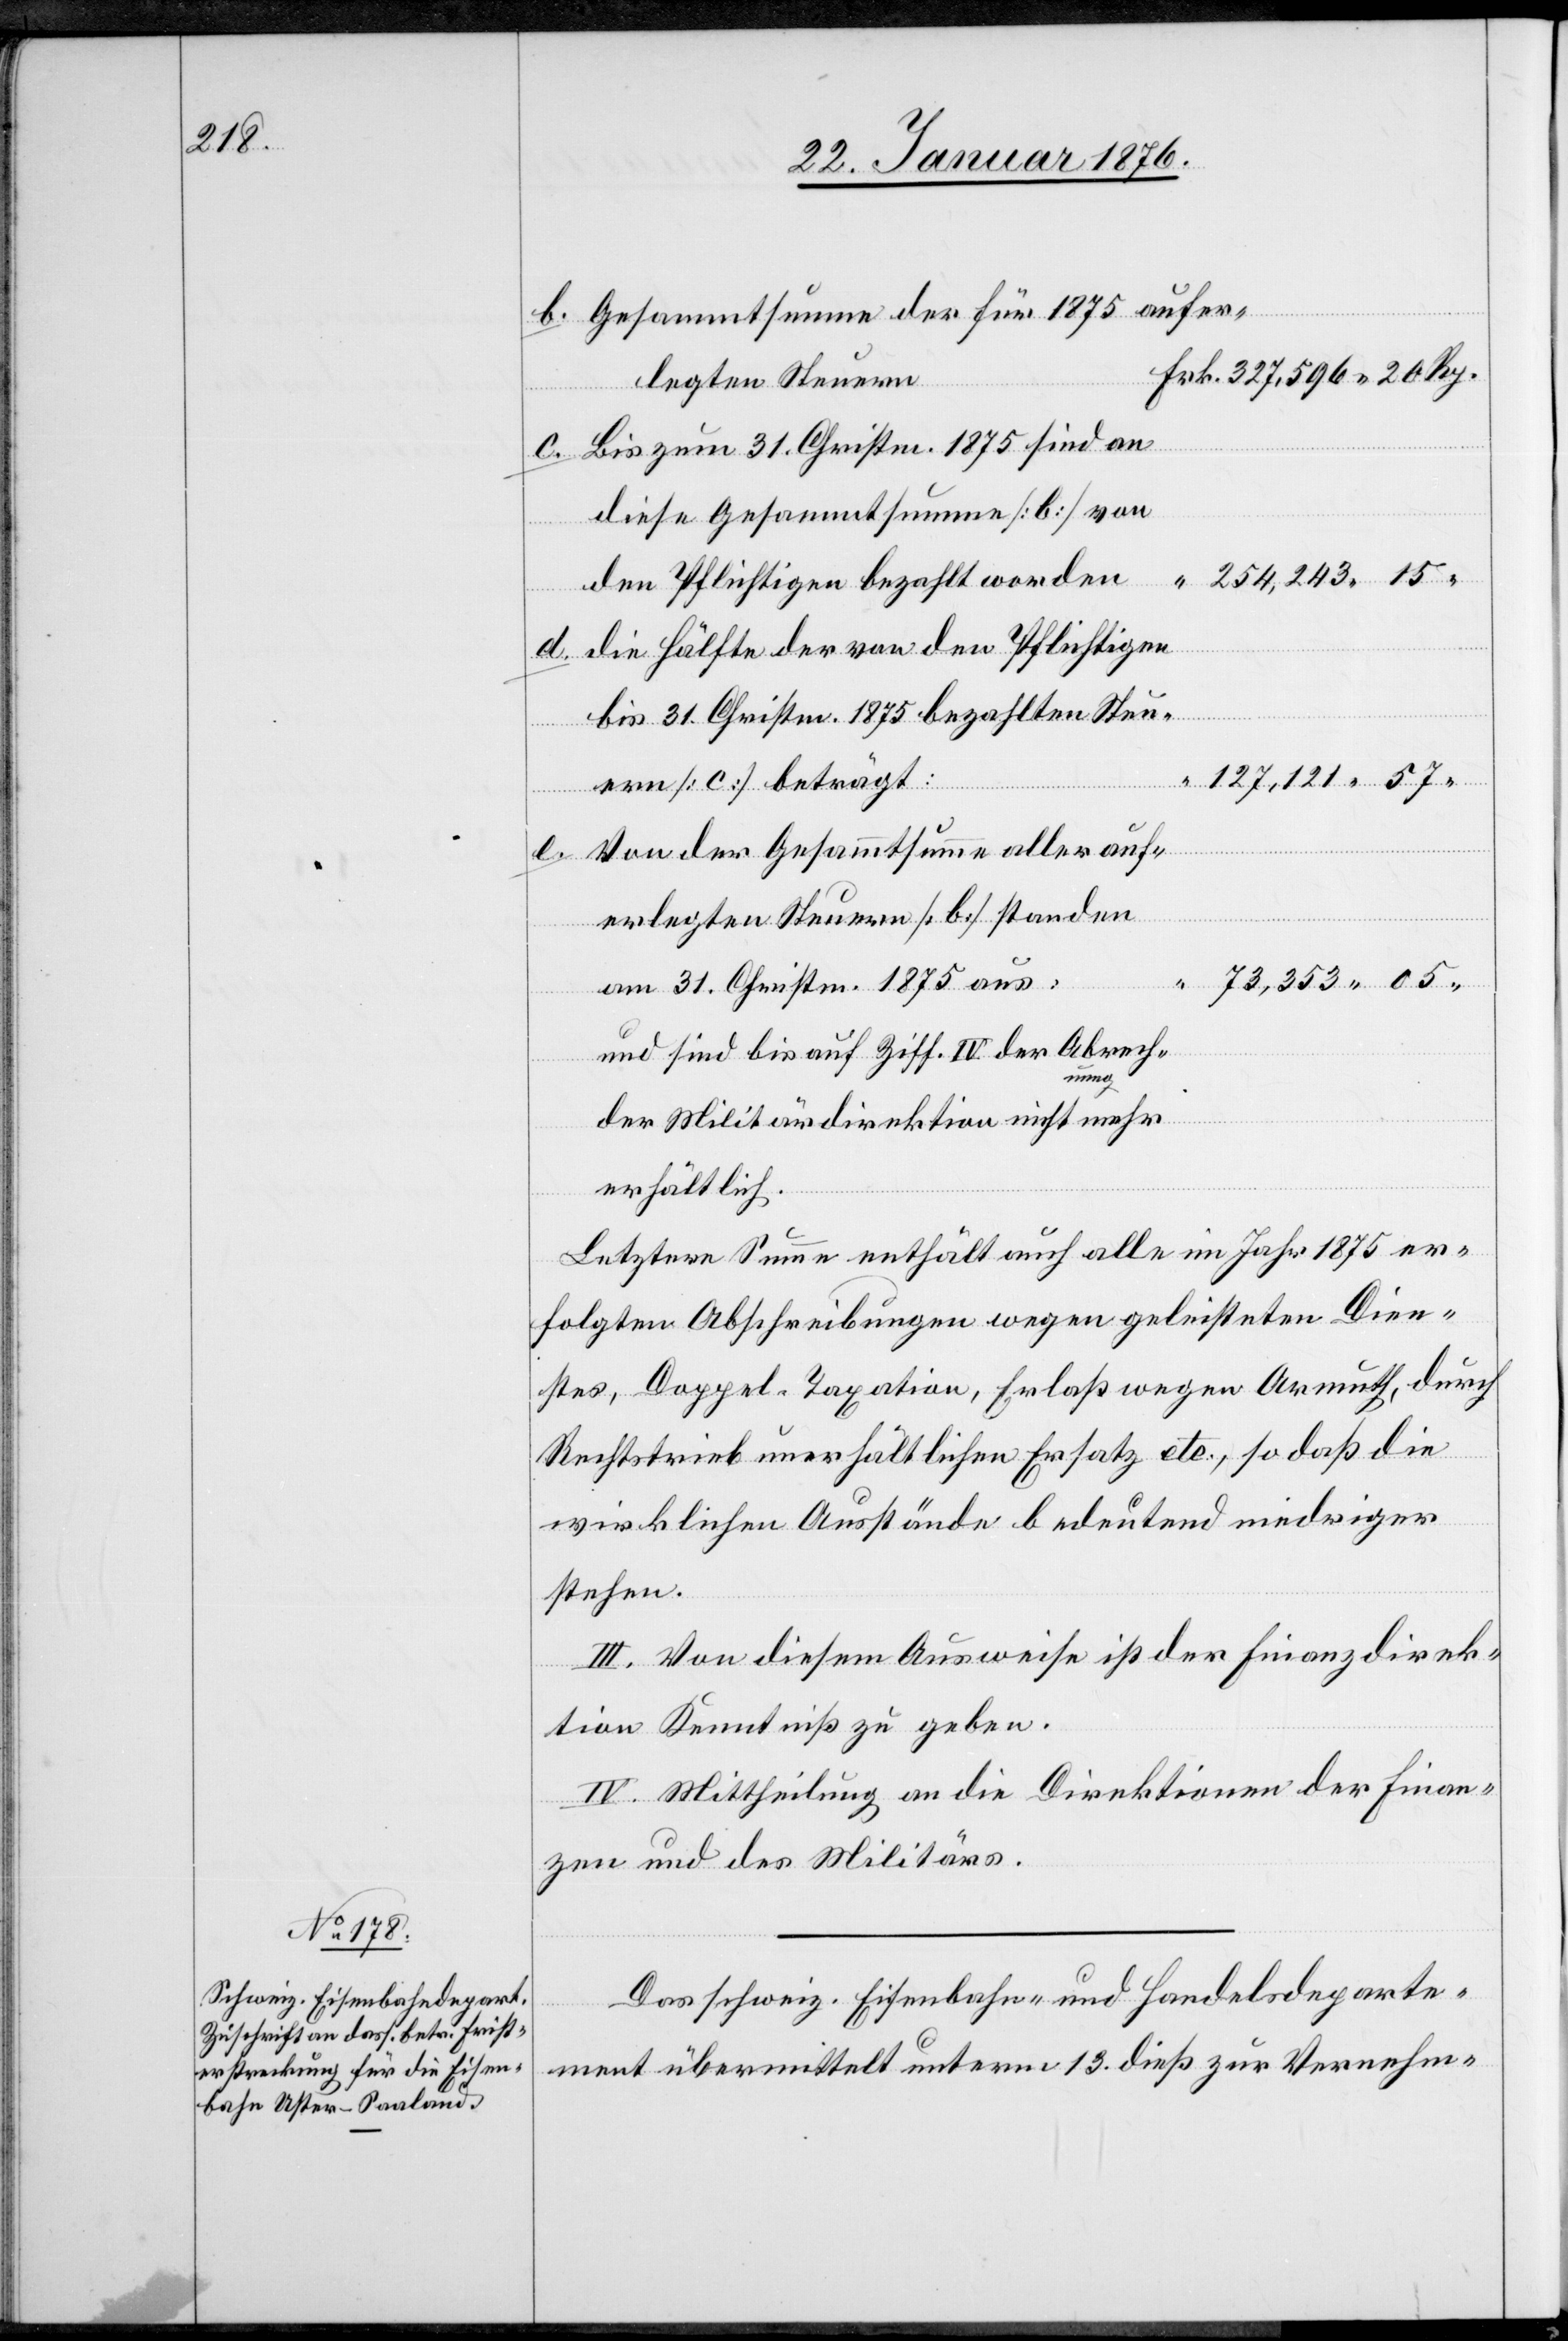
31.

Gesammtsumme der für 1875 aufer¬
legten Steuern
Bis zum 31. Christm. 1875 sind an
den Pflichtigen bezahlt worden
nung
die Hälfte der von den Pflichtigen
e.
57.
ern [c] beträgt:
Von der Gesammtsumme aller auf¬
erlegten Steuern [b] standen
15.
am 31. Christm. 1875 aus:
und sind bis auf Ziff. IV. der Abrech¬
bezahlten
der Militärdirektion nicht mehr
erhältlich.
Letztere Summe enthält auch alle im Jahr 1875 er¬
folgten Abschreibungen wegen geleisteten Dien¬
stes, Doppel-Taxation, Erlaß wegen Armuth, durch
Rechtstrieb unerhältlichen Ersatz etc., so daß die
wirklichen Ausstände bedeutend niedriger
stehen.
III. Von diesem Ausweise ist der Finanzdirek¬
tion Kenntniß zu geben.
IV. Mittheilung an die Direktion der Finan¬
zen und des Militärs.
Das schweiz. Eisenbahn- und Handelsdeparte¬
ment übermittelt unterm 13. dieß zur Vernehm-